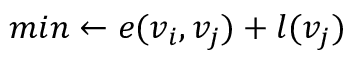
m i n \leftarrow e ( v _ { i } , v _ { j } ) + l ( v _ { j } )